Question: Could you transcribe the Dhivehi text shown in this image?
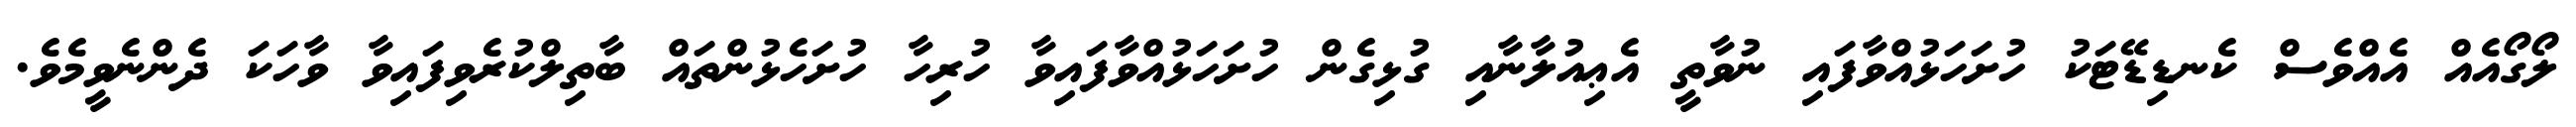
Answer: ލޯގޯއެއް އެއްވެސް ކެނޑިޑޭޓަކު ހުށަހަޅުއްވާފައި ނުވާތީ އެޢިއުލާނާއި ގުޅިގެން ހުށަހަޅުއްވާފައިވާ ހުރިހާ ހުށަހެޅުންތައް ބާތިލްކުރެވިފައިވާ ވާހަކަ ދެންނެވީމެވެ.